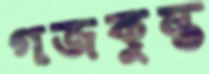
গজকুম্ভ